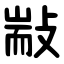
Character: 㪜